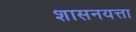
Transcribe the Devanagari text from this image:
शासनयत्ता